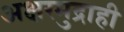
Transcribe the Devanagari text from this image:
अक्षरमुद्राही